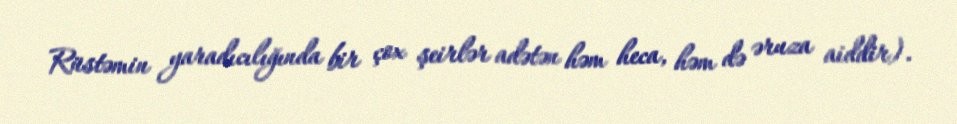
Rüstəmin yaradıcılığında bir çox şeirlər adətən həm heca, həm də əruza aiddir).